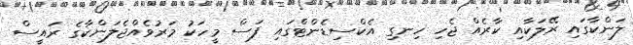
ލަންކާގައި ރޭލަކާއި ކާރެއް ޖެހި ހިނގި އެކްސިޑެންޓްގައި ފަސް މީހަކު މަރުވެއްޖެލަންކާގެ ރައީސް